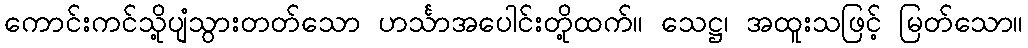
ကောင်းကင်သို့ပျံသွားတတ်သော ဟင်္သာအပေါင်းတို့ထက်။ သေဋ္ဌ၊ အထူးသဖြင့် မြတ်သော။